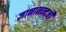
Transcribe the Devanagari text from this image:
ज्ञानानन्दजी